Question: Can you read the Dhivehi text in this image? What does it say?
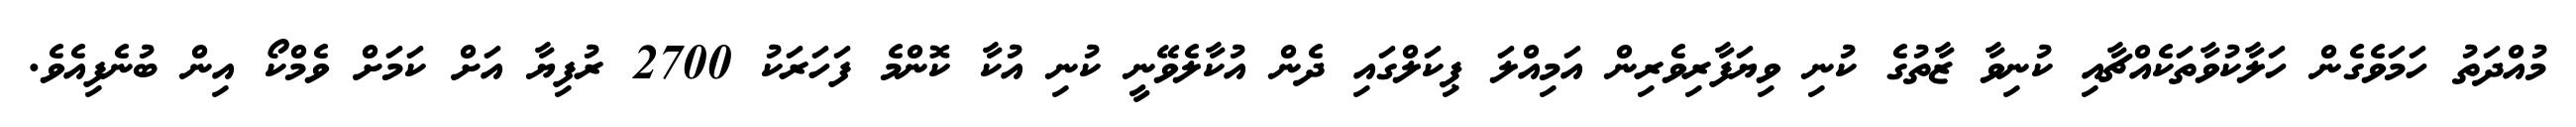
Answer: މުއްދަތު ހަމަވެގެން ހަލާކުވާތަކެއްޗާއި ކުނިވާ ޒާތުގެ ކުނި ވިޔަފާރިވެރިން އަމިއްލަ ޕިކަލްގައި ދެން އުކާލެވޭނީ ކުނި އުކާ ކޮންމެ ފަހަރަކު 2700 ރުފިޔާ އަށް ކަމަށް ވެމްކޯ އިން ބުނެފިއެވެ.